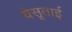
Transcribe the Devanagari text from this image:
येसूताई